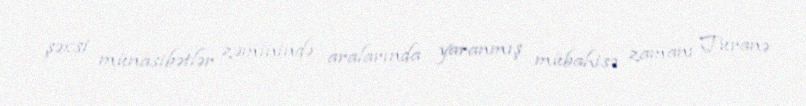
şəxsi münasibətlər zəminində aralarında yaranmış mübahisə zamanı Turanə